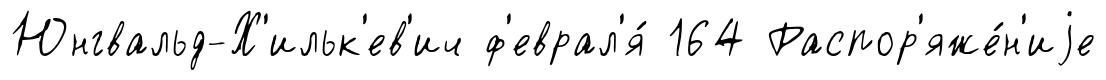
Юнгвальд-Х'ильк'ев'ич ф'еврал'я́ 164 Распор'яже́н'иjе